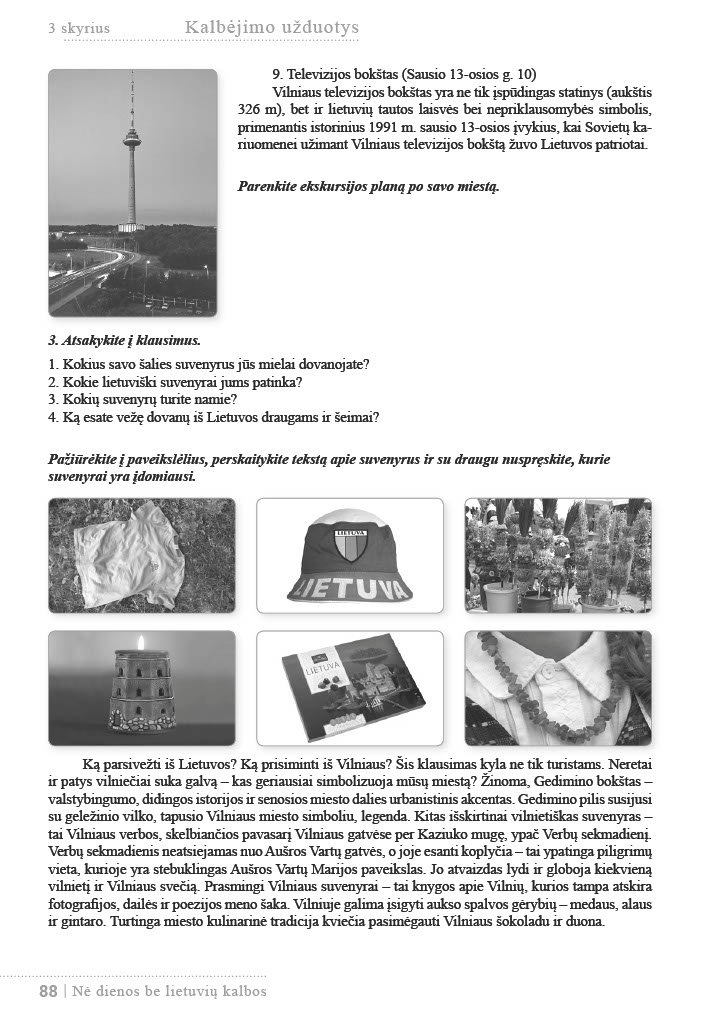
Language: lt